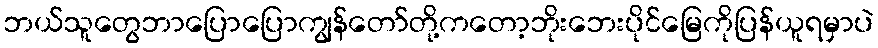
ဘယ်သူတွေဘာပြောပြောကျွန်တော်တို့ကတော့ဘိုးဘေးပိုင်မြေကိုပြန်ယူရမှာပဲ